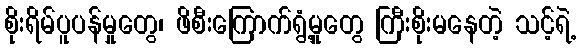
စိုးရိမ်ပူပန်မှုတွေ၊ ဖိစီးကြောက်ရွံ့မှုတွေ ကြီးစိုးမနေတဲ့ သင့်ရဲ့